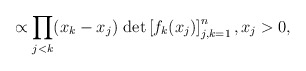
\begin{align*} \propto \prod_{j<k} (x_k -x_j) \, \det \left[ f_{k}(x_j) \right]_{j,k=1}^n, x_j > 0,\end{align*}